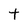
Character: t